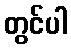
တွင်ပါ